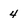
Character: 4